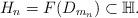
LaTeX: \begin{align*} H_n = F(D_{m_n}) \subset \mathbb{H}. \end{align*}